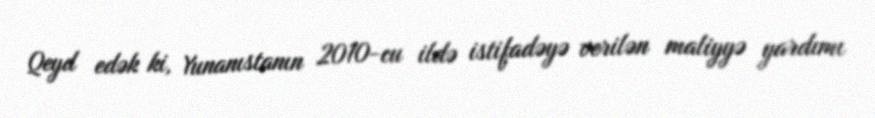
Qeyd edək ki, Yunanıstanın 2010-cu ildə istifadəyə verilən maliyyə yardımı